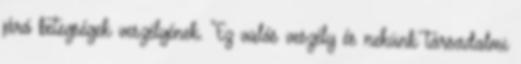
járó betegségek veszélyének. "Ez valós veszély és nekünk társadalmi